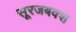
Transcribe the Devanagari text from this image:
सूरजबक्श